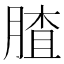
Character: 𱼍